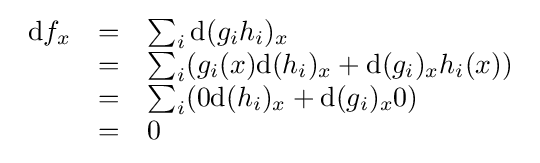
{\begin{array}{rcl}\mathrm {d} f_{x}&=&\sum _{i}\mathrm {d} (g_{i}h_{i})_{x}\\&=&\sum _{i}(g_{i}(x)\mathrm {d} (h_{i})_{x}+\mathrm {d} (g_{i})_{x}h_{i}(x))\\&=&\sum _{i}(0\mathrm {d} (h_{i})_{x}+\mathrm {d} (g_{i})_{x}0)\\&=&0\end{array}}